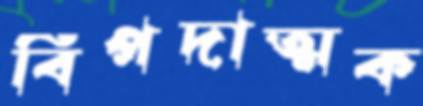
বিপদাত্মক